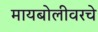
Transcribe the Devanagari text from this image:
मायबोलीवरचे